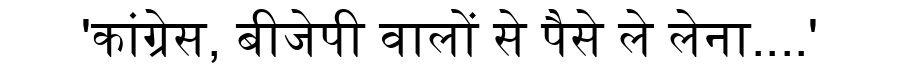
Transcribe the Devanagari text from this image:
'कांग्रेस, बीजेपी वालों से पैसे ले लेना....'